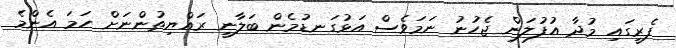
ފެރީގައި މުދާ އުފުލަން ޖެހުނު ނަމަވެސް އަޅުގަނޑުމެން ބަލާނީ ރައްޔިތުންނަށް ހަމަ އެންމެ